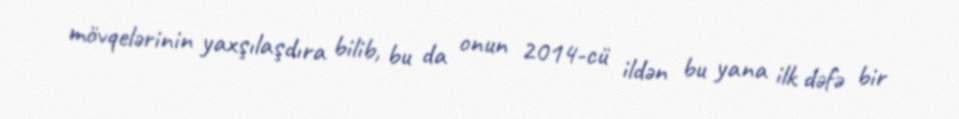
mövqelərinin yaxşılaşdıra bilib, bu da onun 2014-cü ildən bu yana ilk dəfə bir